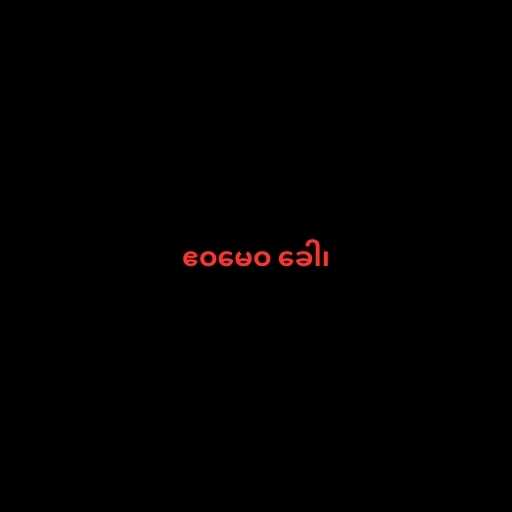
ဧဝမေဝ ခေါ၊